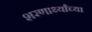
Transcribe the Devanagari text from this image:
शरणार्थ्यांच्या